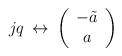
LaTeX: \begin{align*}jq \: \leftrightarrow \: \left( \begin{array}{c} -\tilde{a} \\a \end{array} \right)\end{align*}